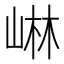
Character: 崊